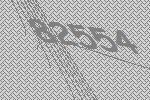
82554